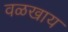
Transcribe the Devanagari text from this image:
वळखाय